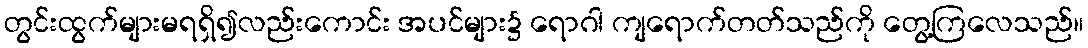
တွင်းထွက်များမရရှိ၍လည်းကောင်း အပင်များ၌ ရောဂါ ကျရောက်တတ်သည်ကို တွေ့ကြလေသည်။